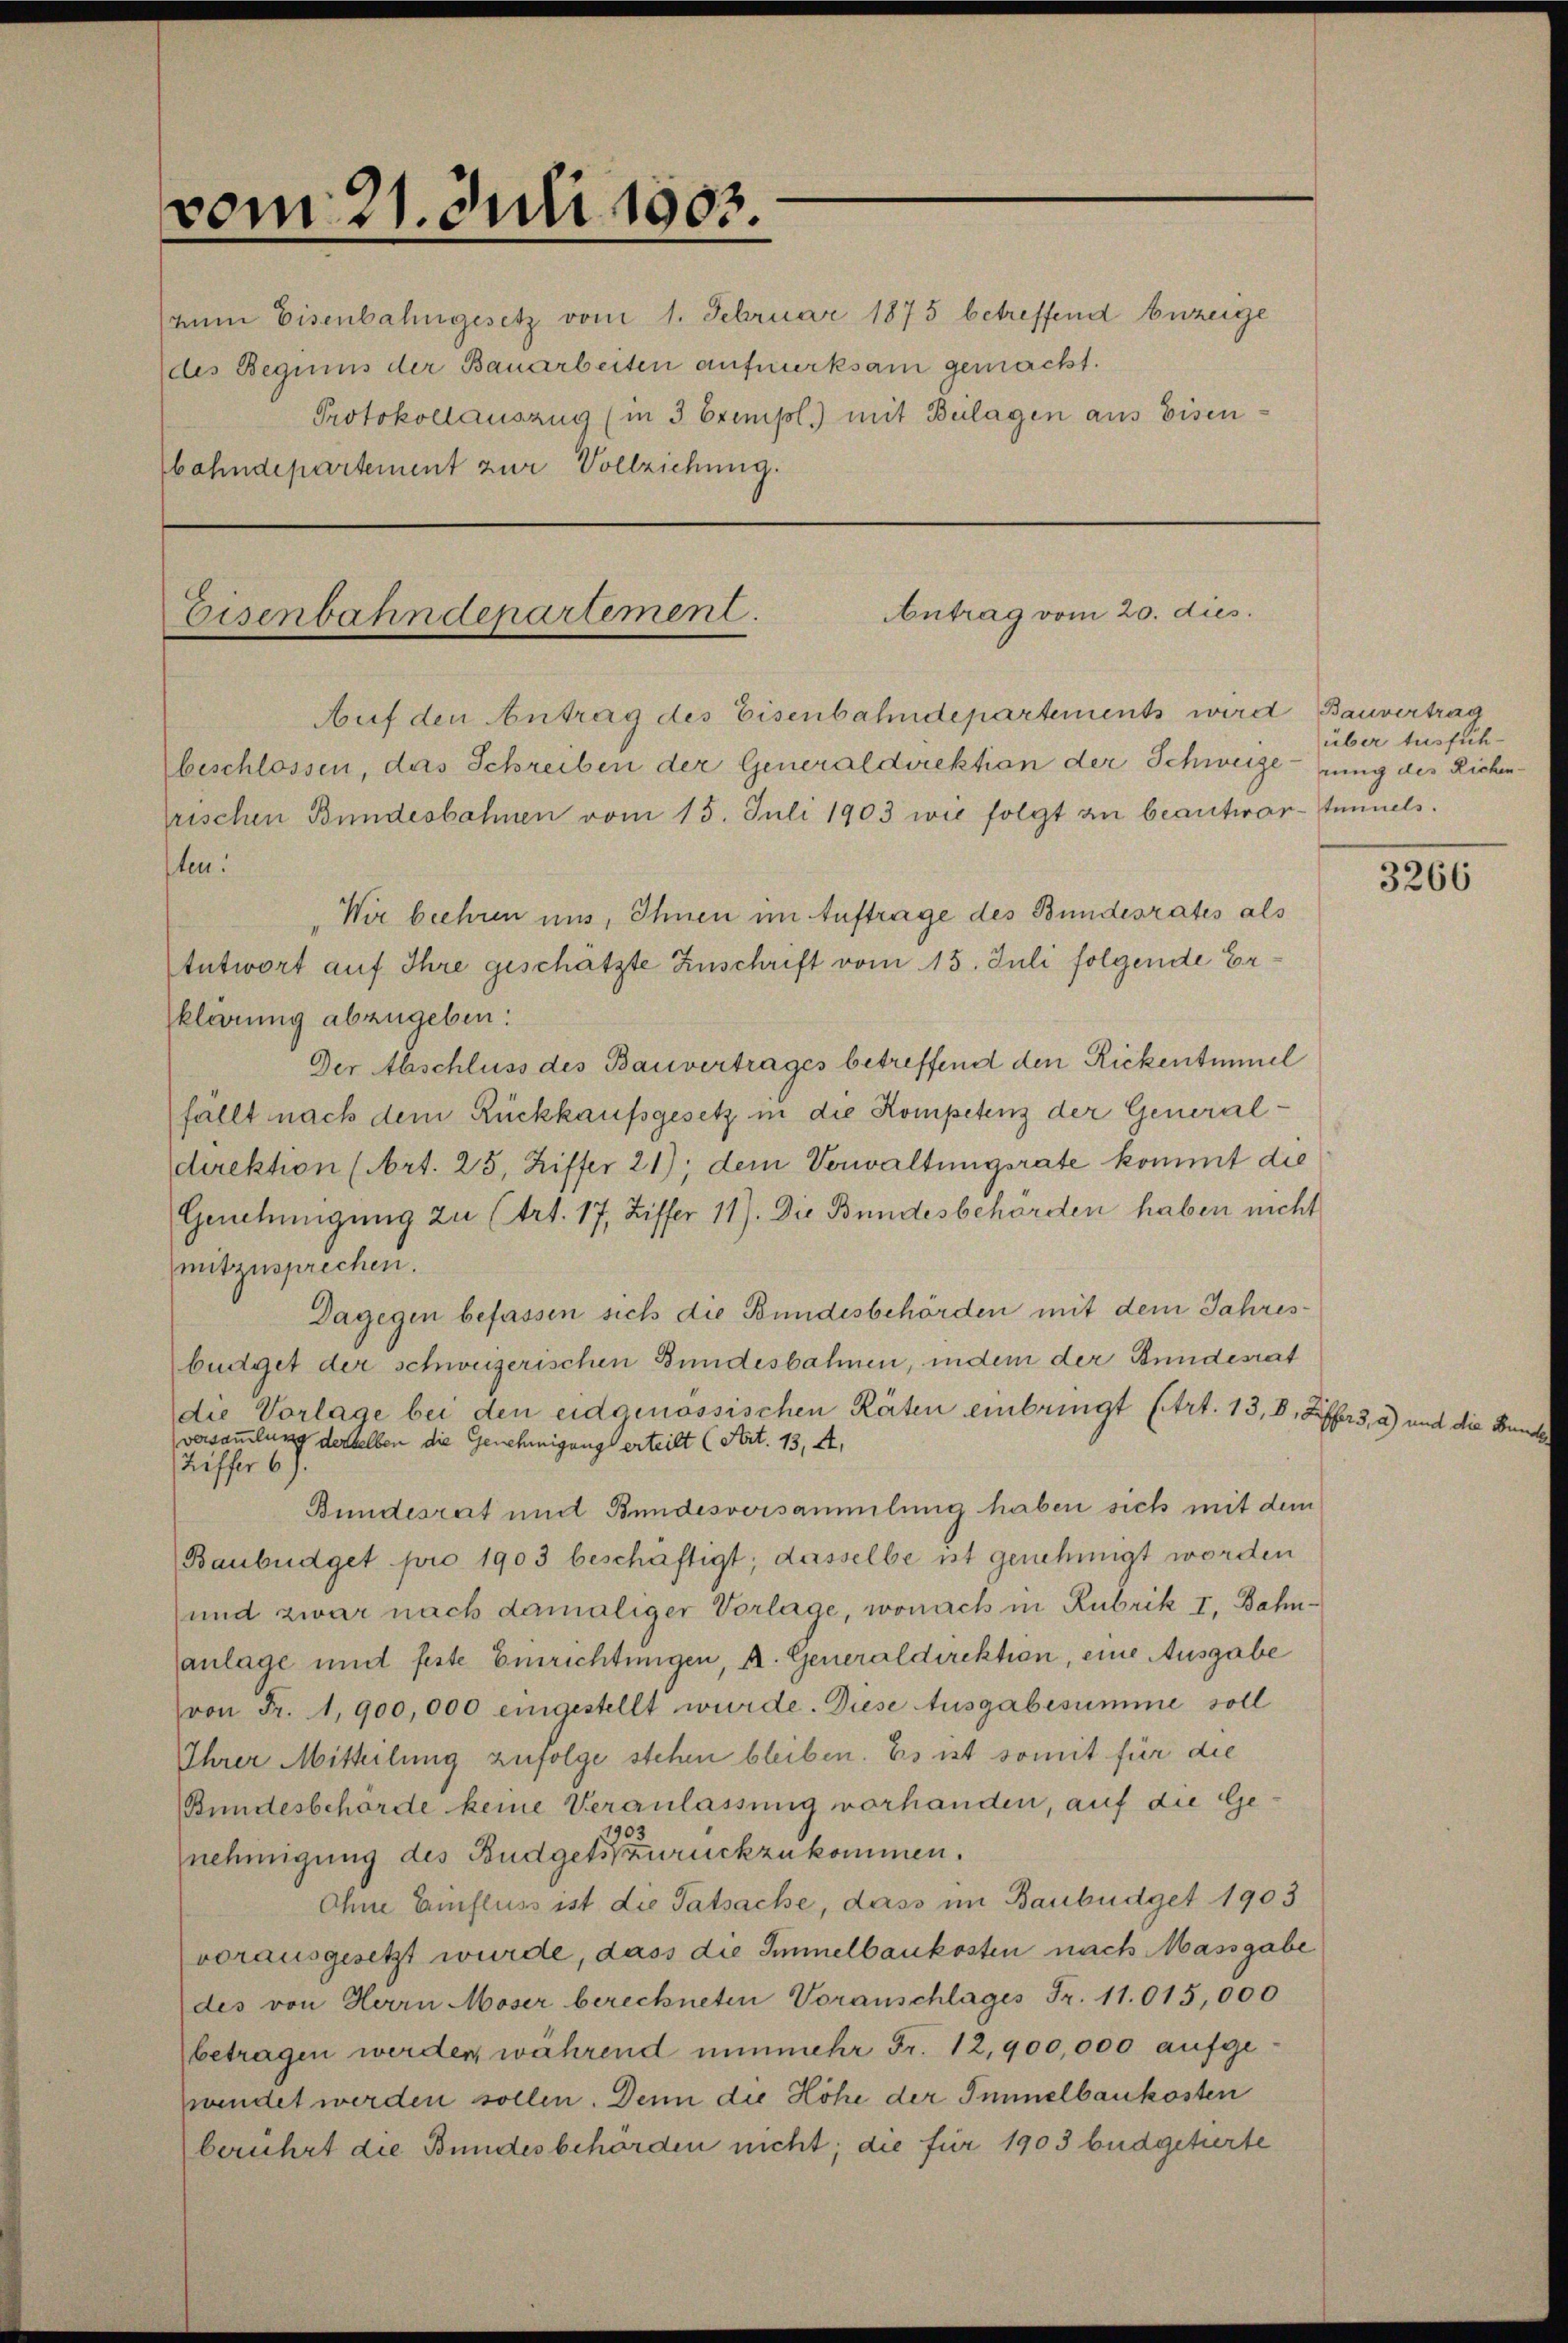
vom 21. Juli 1903.
des Beguis der Bauarbeiten aufmerksam gemacht.
Protokollauszug (in 3 Exempl.) mit Bulagen aus Eisenbahndepartement zur Vollziehung.

Eisenbahndepartement.

Antrag vom 20. dies
Auf den Antrag des Eisenbahndepartements wird Bauvertrag

ten:

(zum Eisenbahngesetz vom 1. Februar 1875 betreffend Anzeige

beschlossen, das Schreiben der Generaldirektion der Schweizerung des Richenfrischen Bundesbahnen vom 15. Juli 1903 wie folgt zu beantwortunnels.
Wir beehren uns, Ihnen im Auftrage des Bundesrates als
Antwort auf Ihre geschätzte Zuschrift vom 15. Juli folgende Erklärung abzugeben:
Der Abschluss des Bauvertrages betreffend den Rickentimel
fällt nach dem Rückkaufsgesetz in die Kompetenz der Generaldirektion (Art. 25, Ziffer 21); dem Verwaltungsrate kommt die
Genehmigung zu (trt. 17, Ziffer 11). Die Bundesbehörden haben nicht
mitzusprechen.
Dagegen befassen sich die Bundesbehörden mit dem Jahresbüdget der schweizerischen Bundesbahnen, indem der Bundesrat
die Vorlage bei den eidgenössischen Räten einbringt (trt. 13, 8, Ziffers, a) und die Beversammlung derselben die Genehmigung erteilt (Art. 13, A.
Riffer 6).
Bundesrat und Bundesversammlung haben sich mit dem
Baubüdget pro 1903 beschäftigt; dasselbe ist genehmigt worden
und zwar nach damaliger Vorlage, wonach in Rubrik I, Bahnanlage und feste Einrichtungen, A. Generaldirektion, eine Ausgabe
von Fr. 1,900,000 eingestellt wurde. Diese Ausgabesumme soll
Ihrer Mitteilung zufolge stehen bleiben. Es ist somit für die
Bundesbehörde keine Veranlassung vorhanden, auf die Genehmigung des Budgets zurückzukommen.
Ohne Einfluss ist die Tatsache, dass im Baubüdget 1903
vorausgesetzt wurde, dass die Immelbaukosten nach Massgabe
des von Herrn Moser berechneten Voranschlages Fr. 11.015,000
betragen werden, während nunmehr Fr. 12,900,000 aufgefundet werden sollen. Denn die Höhe der Immelbaukosten
berührt die Bundesbehörden nicht; die für 1903 büdgetirte

über Ausfüh¬

3266